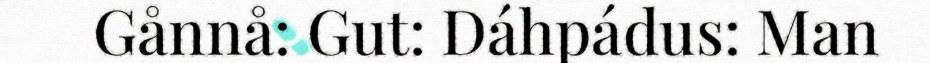
Gånnå: Gut: Dáhpádus: Man